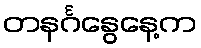
တနင်္ဂနွေနေ့က